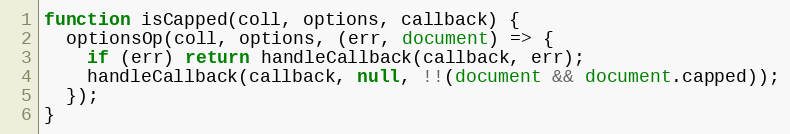
Language: JavaScript
function isCapped(coll, options, callback) {
  optionsOp(coll, options, (err, document) => {
    if (err) return handleCallback(callback, err);
    handleCallback(callback, null, !!(document && document.capped));
  });
}